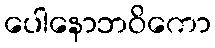
ပေါနောဘဝိကော